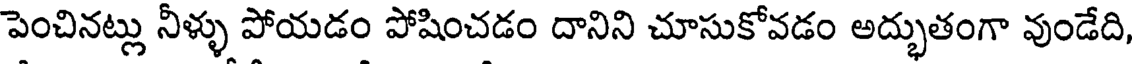
పెంచినట్లు నీళ్ళు పోయడం పోషించడం దానిని చూసుకోవడం అద్భుతంగా వుండేది